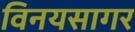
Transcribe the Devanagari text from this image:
विनयसागर